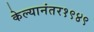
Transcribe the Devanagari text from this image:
केल्यानंतर१९४९